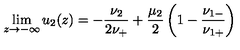
\lim _ { z \to - \infty } u _ { 2 } ( z ) = - \frac { \nu _ { 2 } } { 2 \nu _ { + } } + \frac { \mu _ { 2 } } { 2 } \left( 1 - \frac { \nu _ { 1 - } } { \nu _ { 1 + } } \right)